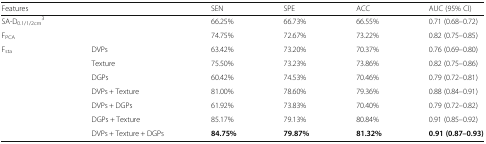
<table><thead><tr><td colspan="2"><b>Features</b></td><td><b>SEN</b></td><td><b>SPE</b></td><td><b>ACC</b></td><td><b>AUC (95% CI)</b></td></tr></thead><tbody><tr><td>SA-D<sub>0.1/1/2cm</sub><sup>3</sup></td><td></td><td>66.25%</td><td>66.73%</td><td>66.55%</td><td>0.71 (0.68–0.72)</td></tr><tr><td>F<sub>PCA</sub></td><td></td><td>74.75%</td><td>72.67%</td><td>73.22%</td><td>0.82 (0.75–0.85)</td></tr><tr><td rowspan="7">F<sub>sta</sub></td><td>DVPs</td><td>63.42%</td><td>73.20%</td><td>70.37%</td><td>0.76 (0.69–0.80)</td></tr><tr><td>Texture</td><td>75.50%</td><td>73.23%</td><td>73.86%</td><td>0.82 (0.75–0.86)</td></tr><tr><td>DGPs</td><td>60.42%</td><td>74.53%</td><td>70.46%</td><td>0.79 (0.72–0.81)</td></tr><tr><td>DVPs + Texture</td><td>81.00%</td><td>78.60%</td><td>79.36%</td><td>0.88 (0.84–0.91)</td></tr><tr><td>DVPs + DGPs</td><td>61.92%</td><td>73.83%</td><td>70.40%</td><td>0.79 (0.72–0.82)</td></tr><tr><td>DGPs + Texture</td><td>85.17%</td><td>79.13%</td><td>80.84%</td><td>0.91 (0.85–0.92)</td></tr><tr><td>DVPs + Texture + DGPs</td><td><b>84.75%</b></td><td><b>79.87%</b></td><td><b>81.32%</b></td><td><b>0.91 (0.87–0.93)</b></td></tr></tbody></table>